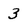
Character: 3